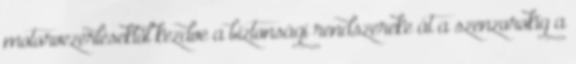
motorvezérlésektől kezdve a biztonsági rendszereke át a szenzorokig a